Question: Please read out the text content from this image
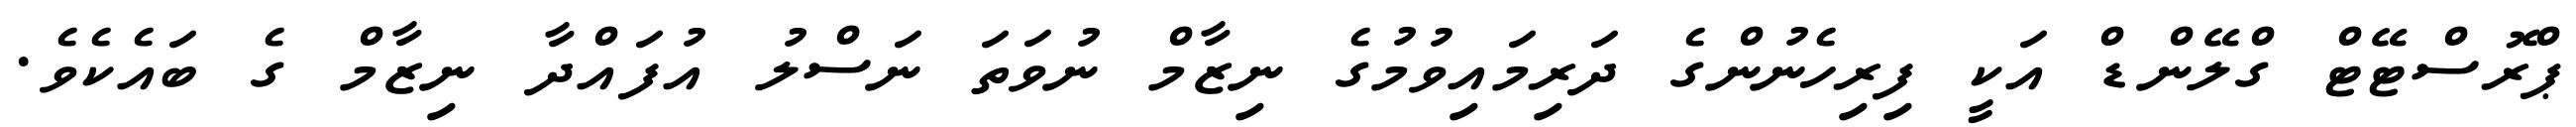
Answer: ޕްރޮސްޓޭޓް ގްލޭންޑް އަކީ ފިރިހެނުންގެ ދަރިމައިވުމުގެ ނިޒާމް ނުވަތަ ނަސްލު އުފައްދާ ނިޒާމް ގެ ބައެކެވެ.